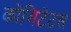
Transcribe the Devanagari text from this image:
कोमिटेटस